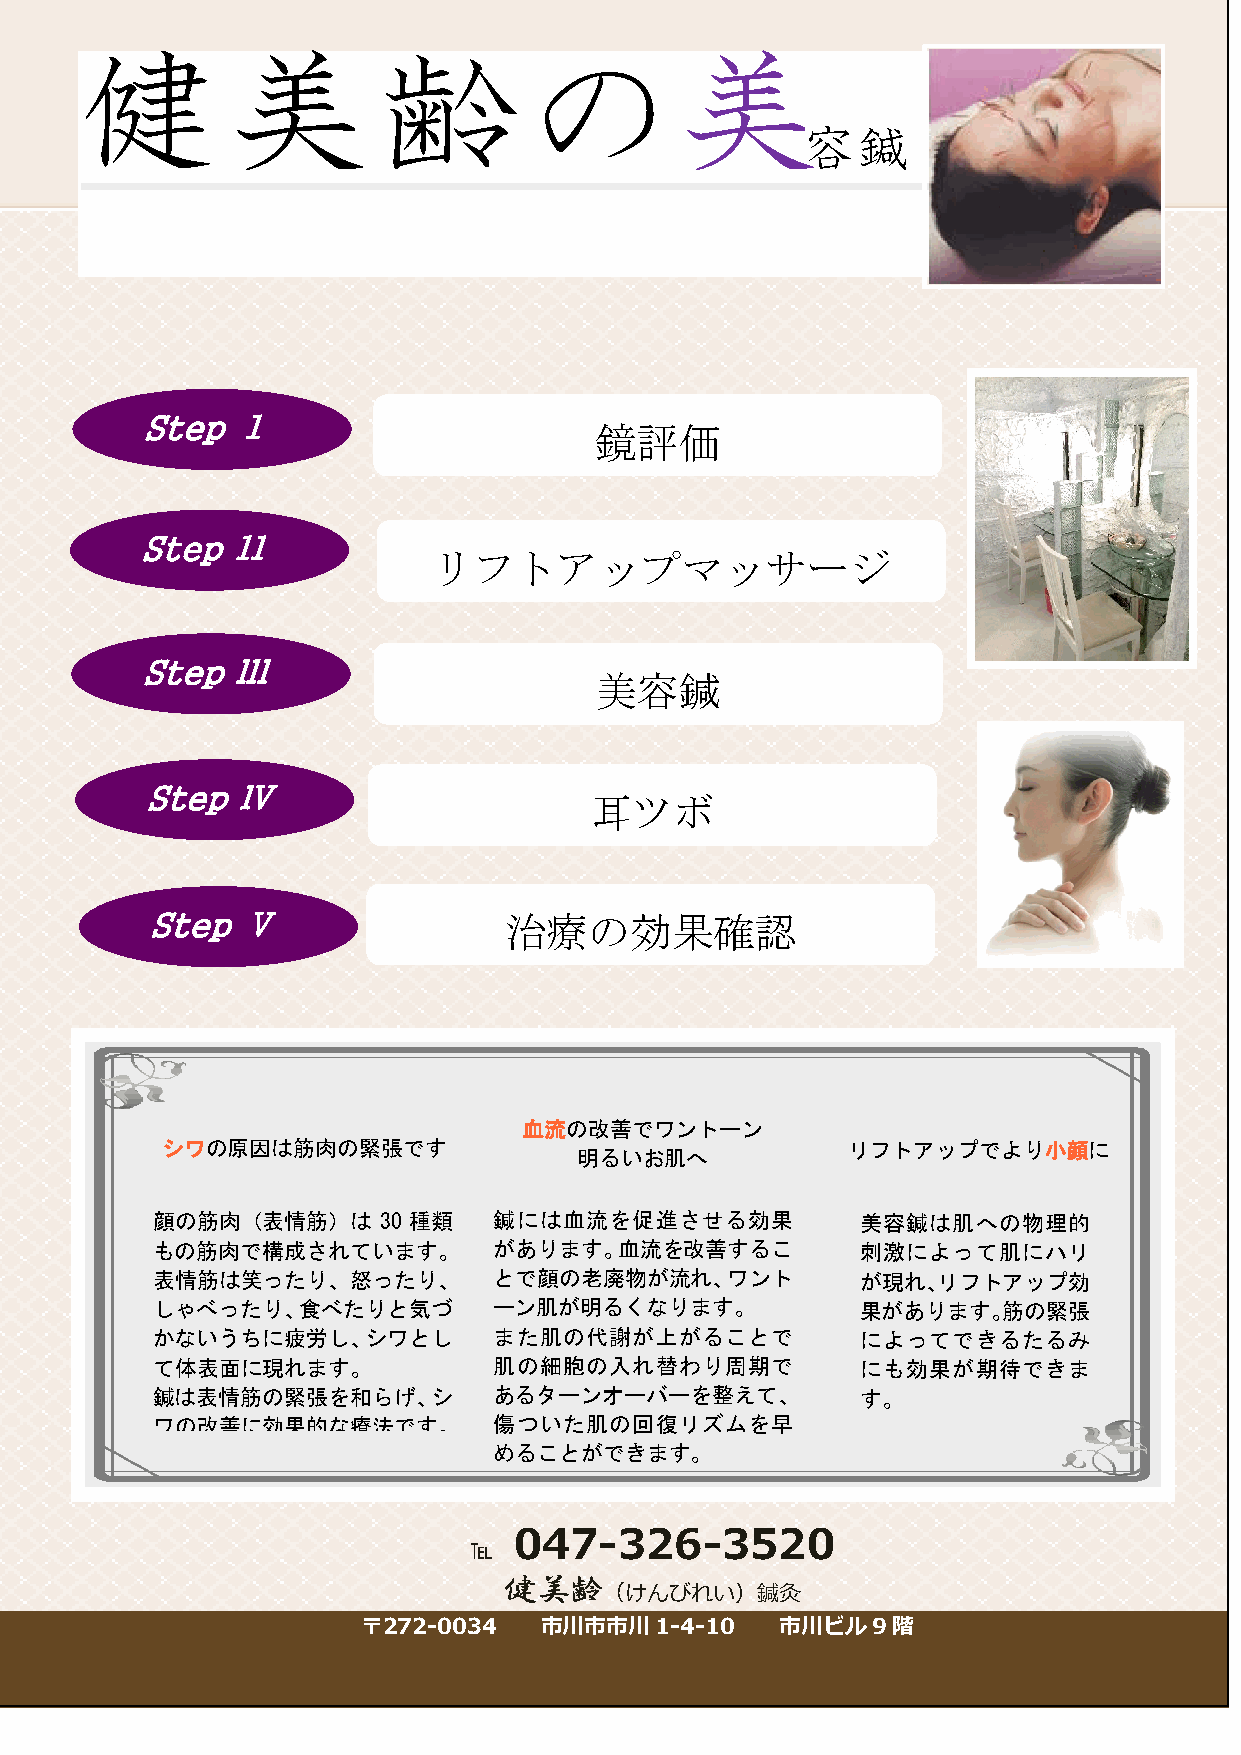
健美齢の美
 容鍼
 Step  Ⅰ
 鏡評価
 Step  Ⅱ
 リフトアップマッサージ
 Step  Ⅲ
 美容鍼
 Step  Ⅳ
 耳ツボ
 Step  Ⅴ                治療の効果確認
 血流の改善でワントーン
 シワの原因は筋肉の緊張です                                リフトアップでより小顔に
 明るいお肌へ
 顔の筋肉（表情筋）は     30 種類   鍼には血流を促進させる効果           美容鍼は肌への物理的
 もの筋肉で構成されています。         があります。血流を改善するこ          刺激によって肌にハリ
 表情筋は笑ったり、怒ったり、         とで顔の老廃物が流れ、ワント          が現れ、リフトアップ効
 しゃべったり、食べたりと気づ         ーン肌が明るくなります。            果があります。筋の緊張
 かないうちに疲労し、シワとし         また肌の代謝が上がることで           によってできるたるみ
 て体表面に現れます。             肌の細胞の入れ替わり周期で           にも効果が期待できま
 鍼は表情筋の緊張を和らげ、シ         あるターンオーバーを整えて、          す。
 ワの改善に効果的な療法です。         傷ついた肌の回復リズムを早
 めることができます。
 047-326-3520
 ℡
 健美齢
 （けんびれい）鍼灸
 〒272-0034   市川市市川1-4-10     市川ビル9階